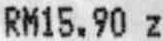
RM15.90 Z